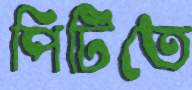
পিটিতে